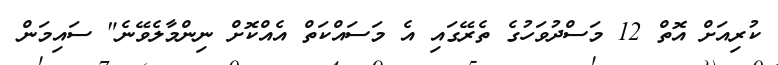
ކުރިއަށް އޮތް 12 މަސްދުވަހުގެ ތެރޭގައި އެ މަސައްކަތް އެއްކޮށް ނިންމާލެވޭނެ" ސައިމަން